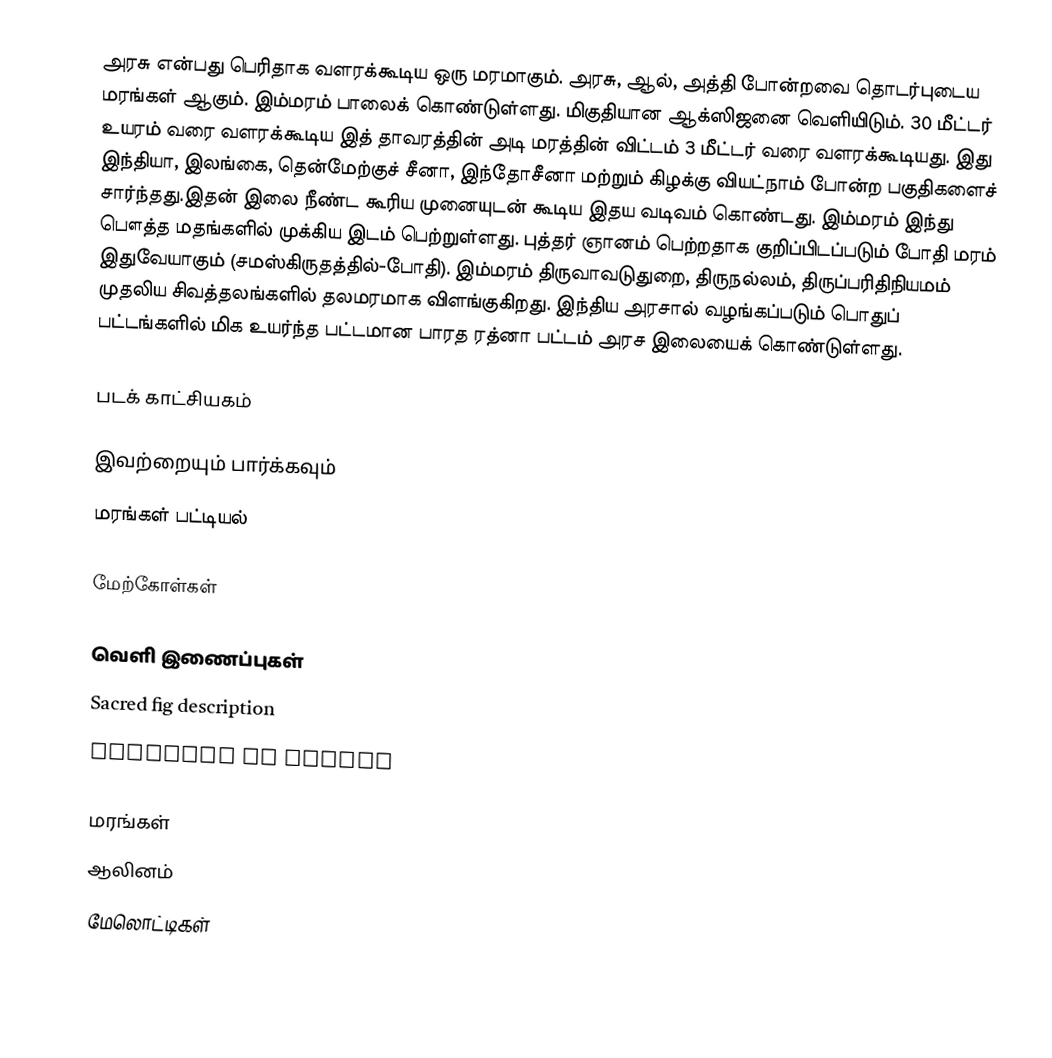
அரசு என்பது பெரிதாக வளரக்கூடிய ஒரு மரமாகும். அரசு, ஆல், அத்தி போன்றவை  தொடர்புடைய மரங்கள் ஆகும். இம்மரம் பாலைக் கொண்டுள்ளது. மிகுதியான ஆக்ஸிஜனை வெளியிடும். 30 மீட்டர் உயரம் வரை வளரக்கூடிய இத் தாவரத்தின் அடி மரத்தின் விட்டம் 3 மீட்டர் வரை வளரக்கூடியது. இது இந்தியா, இலங்கை, தென்மேற்குச் சீனா, இந்தோசீனா மற்றும் கிழக்கு வியட்நாம் போன்ற பகுதிகளைச் சார்ந்தது.இதன் இலை நீண்ட கூரிய முனையுடன் கூடிய இதய வடிவம் கொண்டது. இம்மரம் இந்து பௌத்த மதங்களில் முக்கிய இடம் பெற்றுள்ளது. புத்தர் ஞானம் பெற்றதாக குறிப்பிடப்படும் போதி மரம் இதுவேயாகும் (சமஸ்கிருதத்தில்-போதி). இம்மரம் திருவாவடுதுறை, திருநல்லம், திருப்பரிதிநியமம் முதலிய சிவத்தலங்களில் தலமரமாக விளங்குகிறது. இந்திய அரசால் வழங்கப்படும் பொதுப் பட்டங்களில் மிக உயர்ந்த பட்டமான பாரத ரத்னா பட்டம் அரச இலையைக்  கொண்டுள்ளது.

படக் காட்சியகம்

இவற்றையும் பார்க்கவும்
மரங்கள் பட்டியல்

மேற்கோள்கள்

வெளி இணைப்புகள்
Sacred fig description
Benefits of Peepal

மரங்கள்
ஆலினம்
மேலொட்டிகள்